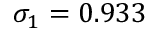
\sigma _ { 1 } = 0 . 9 3 3